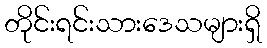
တိုင်းရင်းသားဒေသများရှိ